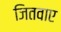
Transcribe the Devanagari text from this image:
जितवाए